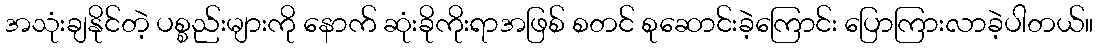
အသုံးချနိုင်တဲ့ ပစ္စည်းများကို နောက် ဆုံးခိုကိုးရာအဖြစ် စတင် စုဆောင်းခဲ့ကြောင်း ပြောကြားလာခဲ့ပါတယ်။